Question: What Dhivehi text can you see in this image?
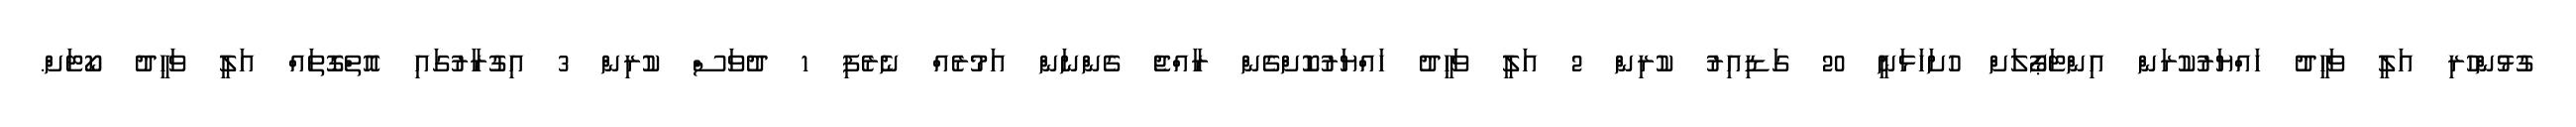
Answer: ގުޅުންހުރި އަލީ ވަހީދު ހައްޔަރުކުރަން އިންޓަޕޯލަށް ހުށަހަޅަނީ 20 ގަޑިއިރު ކުރިން 2 އަލީ ވަހީދު ހައްޔަރުކޮށްގެން ރާއްޖެ ގެންނަން އަމުރެއް ނެރެފި 1 ދުވަސް ކުރިން 3 އިގުރާރުގައި އޮތްގޮތައް އަލީ ވަހީދު ކޯޓަށް.